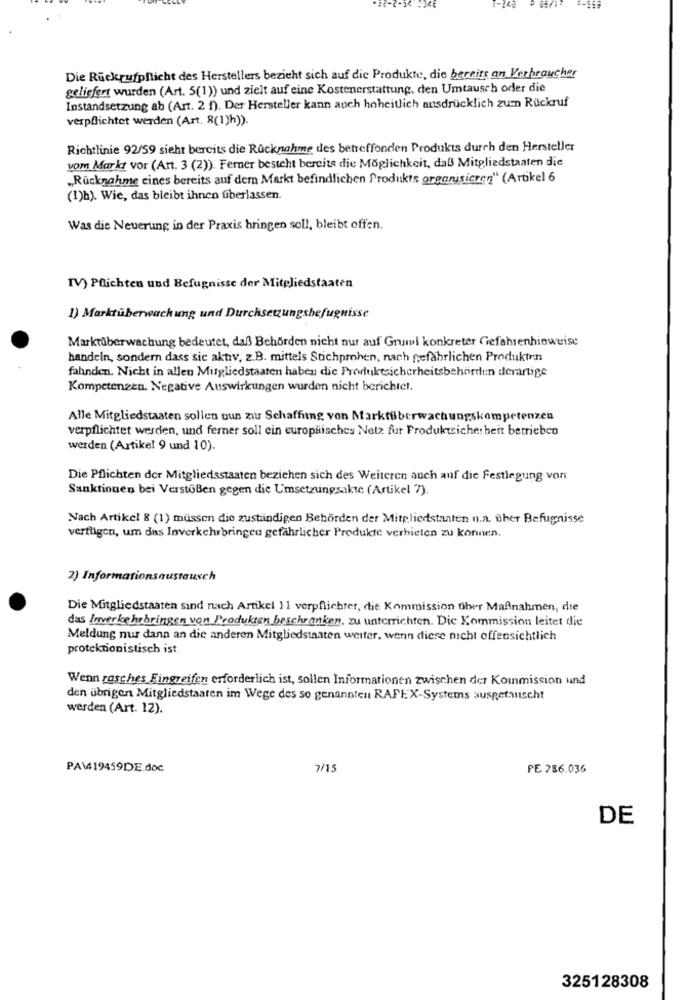
1-240
Die Rückrufpflicht des Herstellers bezieht sich auf die Produkte, die bereits an Verbraucher
geliefert wurden (Art. 5(1)) und zielt auf eine Kostenerstattung, den Umtausch oder die
Instandsetzung ab (Art. 2 f). Der Hersteller kann auch hoheitlich ausdrücklich zum Rückruf
verpflichtet werden (Art. 8(1)h).
Richtlinie 92/59 sieht bereits die Rücknahme des betreffonden Produkts durch den Hersteller
vom Markt vor (Art. 3 (2)). Ferner besteht bereits die Möglichkeit, daß Mitgliedstaaten die
„Rücknahme eines bereits auf dem Markt befindlichen Produkts organisieren“ (Artikel 6
(1)h). Wie, das bleibt ihnen überlassen.
Was die Neuerung in der Praxis bringen soll, bleibt offen.
IV) Pflichten und Befugnisse der Mitgliedstaaten
1) Marktüberwachung und Durchsetzungsbefugnisse
Marktüberwachung bedeutet, daß Behörden nicht nur auf Gruml konkreter Gefahrenhinweise
handeln, sondern dass sic aktiv, z.B. mittels Stichproben, nach gefährlichen Produkten
fahnden. Nicht in allen Mitgliedstaaten haben die Produktsicherheitsbehörden derartige
Kompetenzen. Negative Auswirkungen wurden nicht berichtel.
Alle Mitgliedstaaten sollen oun zwr Schaffung von Markfüberwachungskompetenzen
verpflichtet werden, und ferner soll cin europäisches Netz fur Produktsicherheit betrieben
werden (Artikel 9 und 10).
Die Pflichten der Mitgliedsstaaten beziehen sich des Weiteren auch auf die Festlegung von
Sanktionen bei Verstößen gegen die Umsetzungsakte (Artikel 7).
Nach Artikel 8 (1) müssen die zuständigen Behörden der Mitgliedstaaten n.a. über Befugnisse
verfügen, um das Inverkehrbringen gefährlicher Produkte verbieten zu können.
2) Informationsaustausch
Die Mitgliedstaaten sind nach Artikel 11 verpflichtet, die Kommission über Maßnahmen, die
das Inverkehrbringen von Produkten beschränken, zu unterrichten. Die Kommission leitet die
Meldung nur dann an die anderen Mitgliedstaaten weiter, wenn diese nicht offensichtlich
protektionistisch ist.
Wenn rasches Eingreifen erforderlich ist, sollen Informationen zwischen der Kommission und
den übrigen Mitgliedstaaten im Wege des so genannten RAFEX-Systems ausgetauscht
werden (Art. 12).
PAW4 19459DE.doc
7/15
PE 286.036
DE
325128308